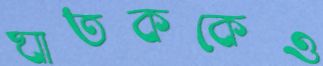
ঘাতককেও